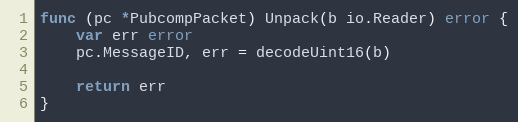
Language: Go
func (pc *PubcompPacket) Unpack(b io.Reader) error {
	var err error
	pc.MessageID, err = decodeUint16(b)

	return err
}